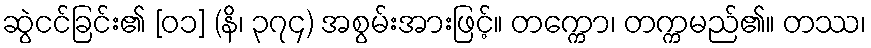
ဆွဲငင်ခြင်း၏ [၀၁] (နိ၊ ၃၇၄) အစွမ်းအားဖြင့်။ တက္ကော၊ တက္ကမည်၏။ တဿ၊